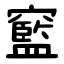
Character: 䆾